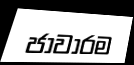
ජාවාරම